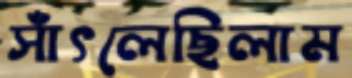
সাঁৎলেছিলাম